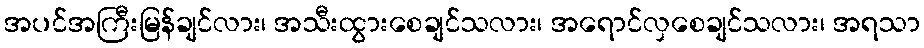
အပင်အကြီးမြန်ချင်လား၊ အသီးထွားစေချင်သလား၊ အရောင်လှစေချင်သလား၊ အရသာ